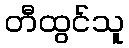
တီထွင်သူ